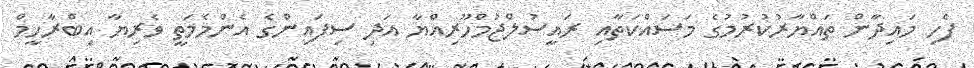
ފެހި މައިދާން ތައްޔާރުކުރުމުގެ މަސައްކަތާއި ރައީސުލްޖުމްހޫރިއްޔާ އަދި ސިފައިންގެ އެންމެމަތީ ވެރިޔާ އިބްރާހީމް